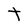
Character: t